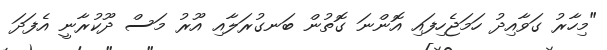
"މިހާރު ގަވާއިދު ހަމަޖެހިފައި އޮންނަ ގޮތުން ބަނގުރަލާއި އޫރު މަސް ދޫކުރާނީ އެފަދަ